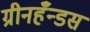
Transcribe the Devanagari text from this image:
ग्रीनहँन्डस